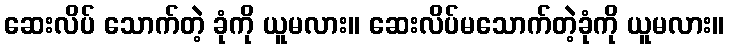
ဆေးလိပ် သောက်တဲ့ ခုံကို ယူမလား။ ဆေးလိပ်မသောက်တဲ့ခုံကို ယူမလား။